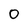
Character: 0